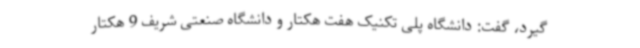
گیرد، گفت: دانشگاه پلی تکنیک هفت هکتار و دانشگاه صنعتی شریف 9 هکتار